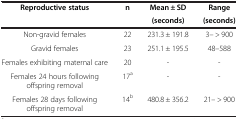
<table><thead><tr><td rowspan="2"><b>Reproductive status</b></td><td rowspan="2"><b>n</b></td><td><b>Mean ± SD</b></td><td><b>Range</b></td></tr><tr><td><b>(seconds)</b></td><td><b>(seconds)</b></td></tr></thead><tbody><tr><td>Non-gravid females</td><td>22</td><td>231.3 ± 191.8</td><td>3– &gt; 900</td></tr><tr><td>Gravid females</td><td>23</td><td>251.1 ± 195.5</td><td>48–588</td></tr><tr><td>Females exhibiting maternal care</td><td>20</td><td>-</td><td>-</td></tr><tr><td>Females 24 hours following offspring removal</td><td>17<sup>a</sup></td><td>-</td><td>-</td></tr><tr><td>Females 28 days following offspring removal</td><td>14<sup>b</sup></td><td>480.8 ± 356.2</td><td>21– &gt; 900</td></tr></tbody></table>